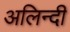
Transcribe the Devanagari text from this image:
अलिन्दी